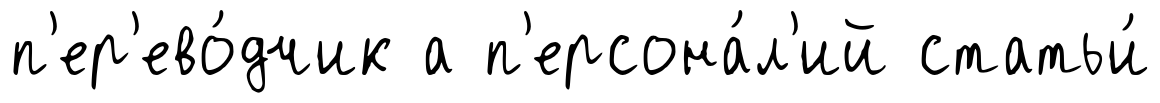
п'ер'ево́дчик а п'ерсона́л'ий статьи́